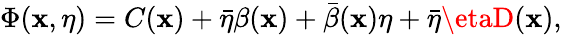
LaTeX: \Phi(\mathbf{x},\eta)=C(\mathbf{x})+\bar{{\eta}}\beta(\mathbf{x})+\bar{{\beta}}(\mathbf{x})\eta+\bar{{\eta}}\etaD(\mathbf{x}),